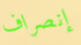
إنصراف